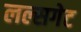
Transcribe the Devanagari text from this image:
लल्सगेट